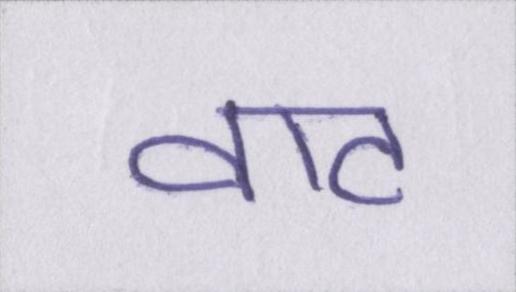
वाट